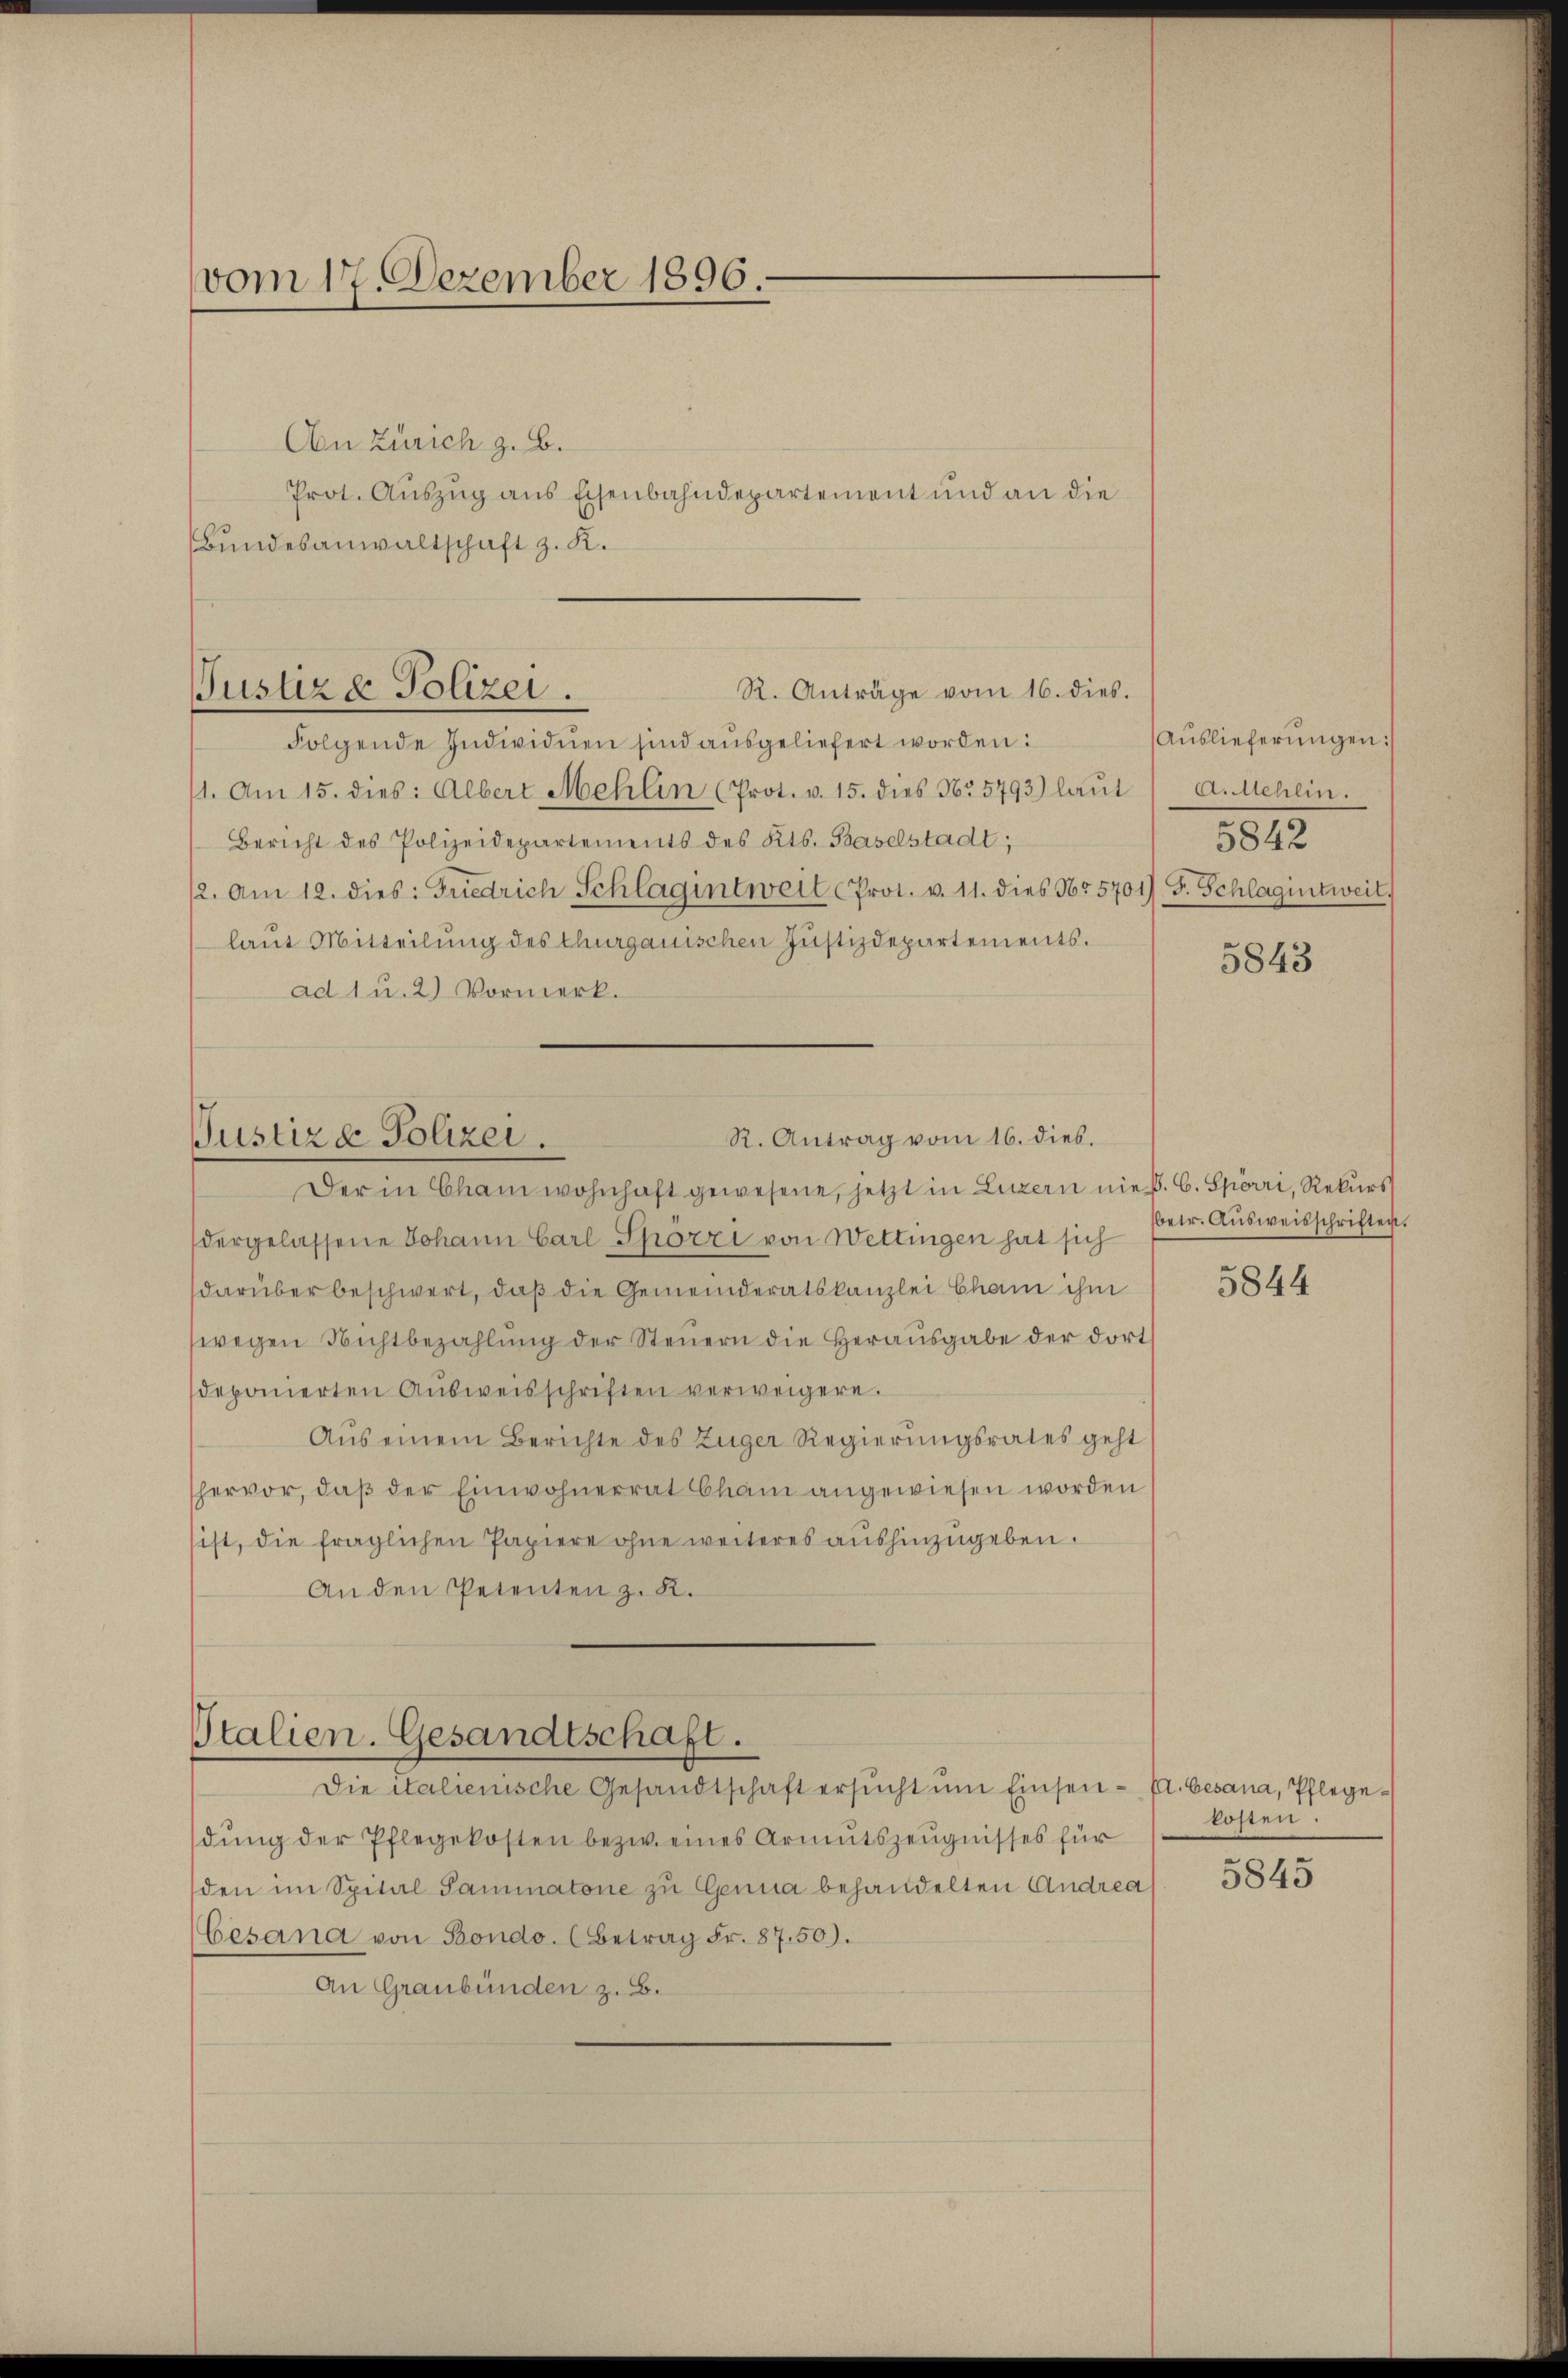
vom 17 Dezember 1896 -
An Zürich z. B.
Prot. Auszug aus Eisenbahndepartement und an die
Bundesanwaltschaft z. K.

R. Anträge vom 16. dies.
Justiz & Polizei.

Folgende Individuen sind ausgeliefert worden:
/1. Am 15. dies: Albert Mehlin (Prot. v. 15. dies Nr. 5793) laŭt
Bericht des Polizeidepartements des Kts. Baselstadt;
12. Am 12. dies: Friedrich Schlagintweil Prot. v. 11. dies Nr. 5701), S. Schlagintweil.
laut Mitteilung des Thurgauischen Justizdepartements.
ad 1 u. 2) Vormerk.

R. Antrag vom 16. dies.
Justiz & Polizei.
Der in Cham wohnhaft gewesene, jetzt in Luzern nie. C. Spörri, Rekurs

Stalien. Gesandtschaft.
Die italienische Gesandtschaft ersŭcht ŭm Einsen - El. besana, Pflege¬

dergelassene Johann Carl Spörri von Wettingen hat sich
darüber beschwert, daß die Gemeinderatskanzlei Cham ihm
wegen Nichtbezahlŭng der Steŭern die Herausgabe der dort
deponierten Aŭsweisschriften verweigere.
Aus einem Berichte des Züger Regierungsrates geht
hervor, daß der Einwohnerrat Cham angewiesen worden
sist, die fraglichen Papiere ohne weiteres aŭshinzugeben.
An den Petenten z. B.

dŭng der Pflegekosten bezw. eines Armutszeugnisses für
den im Spital Saminatone zu Genua behandelten Andrea
Gesand von Bondo. (Betrag Fr. 87. 50).
An Graubünden z. B.

(Auslieferŭngen:
a. Mehlin.
5842

5843

betr. Aŭsweisschriften.

5844

kosten.

5845